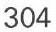
304